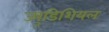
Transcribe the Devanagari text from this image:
ज्युडिशियल